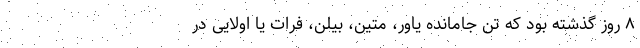
٨ روز گذشته بود که تن جامانده یاور، متین، بیلن، فرات یا اولایی در